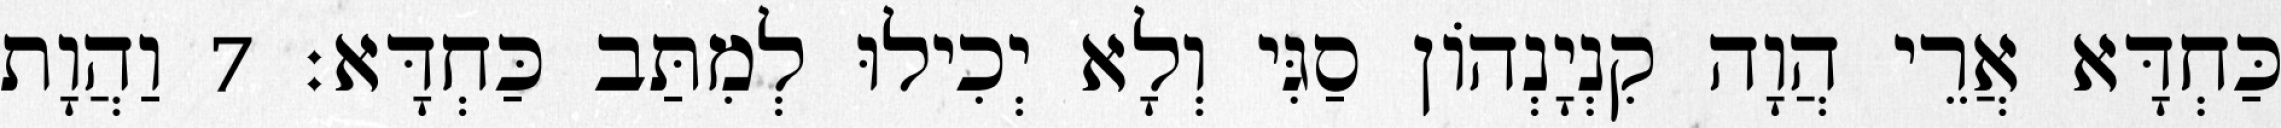
כַּחְדָּא אֲרֵי הֲוָה קִנְיָנְהוֹן סַגִּי וְלָא יְכִילוּ לְמִתַּב כַּחְדָּא׃ 7 וַהֲוָת